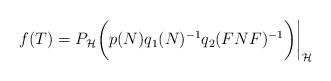
LaTeX: \begin{align*}f(T)=P_\mathcal H \bigg(p(N)q_1(N)^{-1}q_2(FNF)^{-1}\bigg) \bigg|_\mathcal H\end{align*}